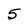
Character: 5